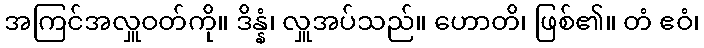
အကြင်အလှူဝတ်ကို။ ဒိန္နံ၊ လှူအပ်သည်။ ဟောတိ၊ ဖြစ်၏။ တံ ဧဝံ၊